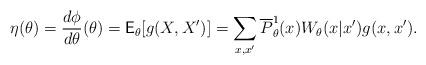
LaTeX: \begin{align*}\eta(\theta)=\frac{d \phi}{d\theta}(\theta) = \mathsf{E}_\theta[g(X,X')] = \sum_{x,x^\prime} \overline{P}^1_\theta(x) W_\theta(x|x^\prime) g(x,x^\prime).\end{align*}